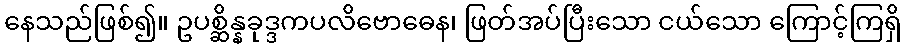
နေသည်ဖြစ်၍။ ဥပစ္ဆိန္နခုဒ္ဒကပလိဗောဓေန၊ ဖြတ်အပ်ပြီးသော ငယ်သော ကြောင့်ကြရှိ